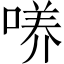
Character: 𱓧